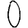
Digit: 0